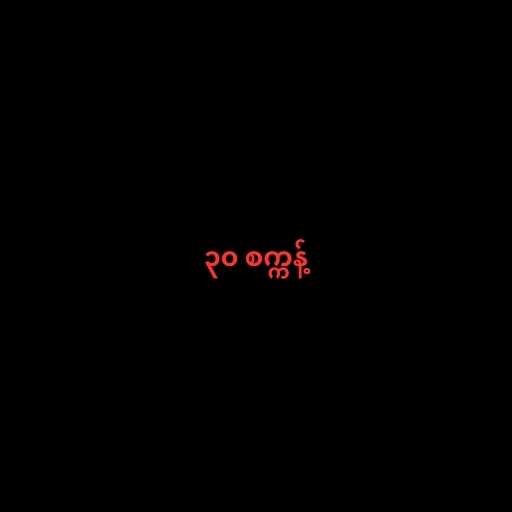
၃၀ စက္ကန့်